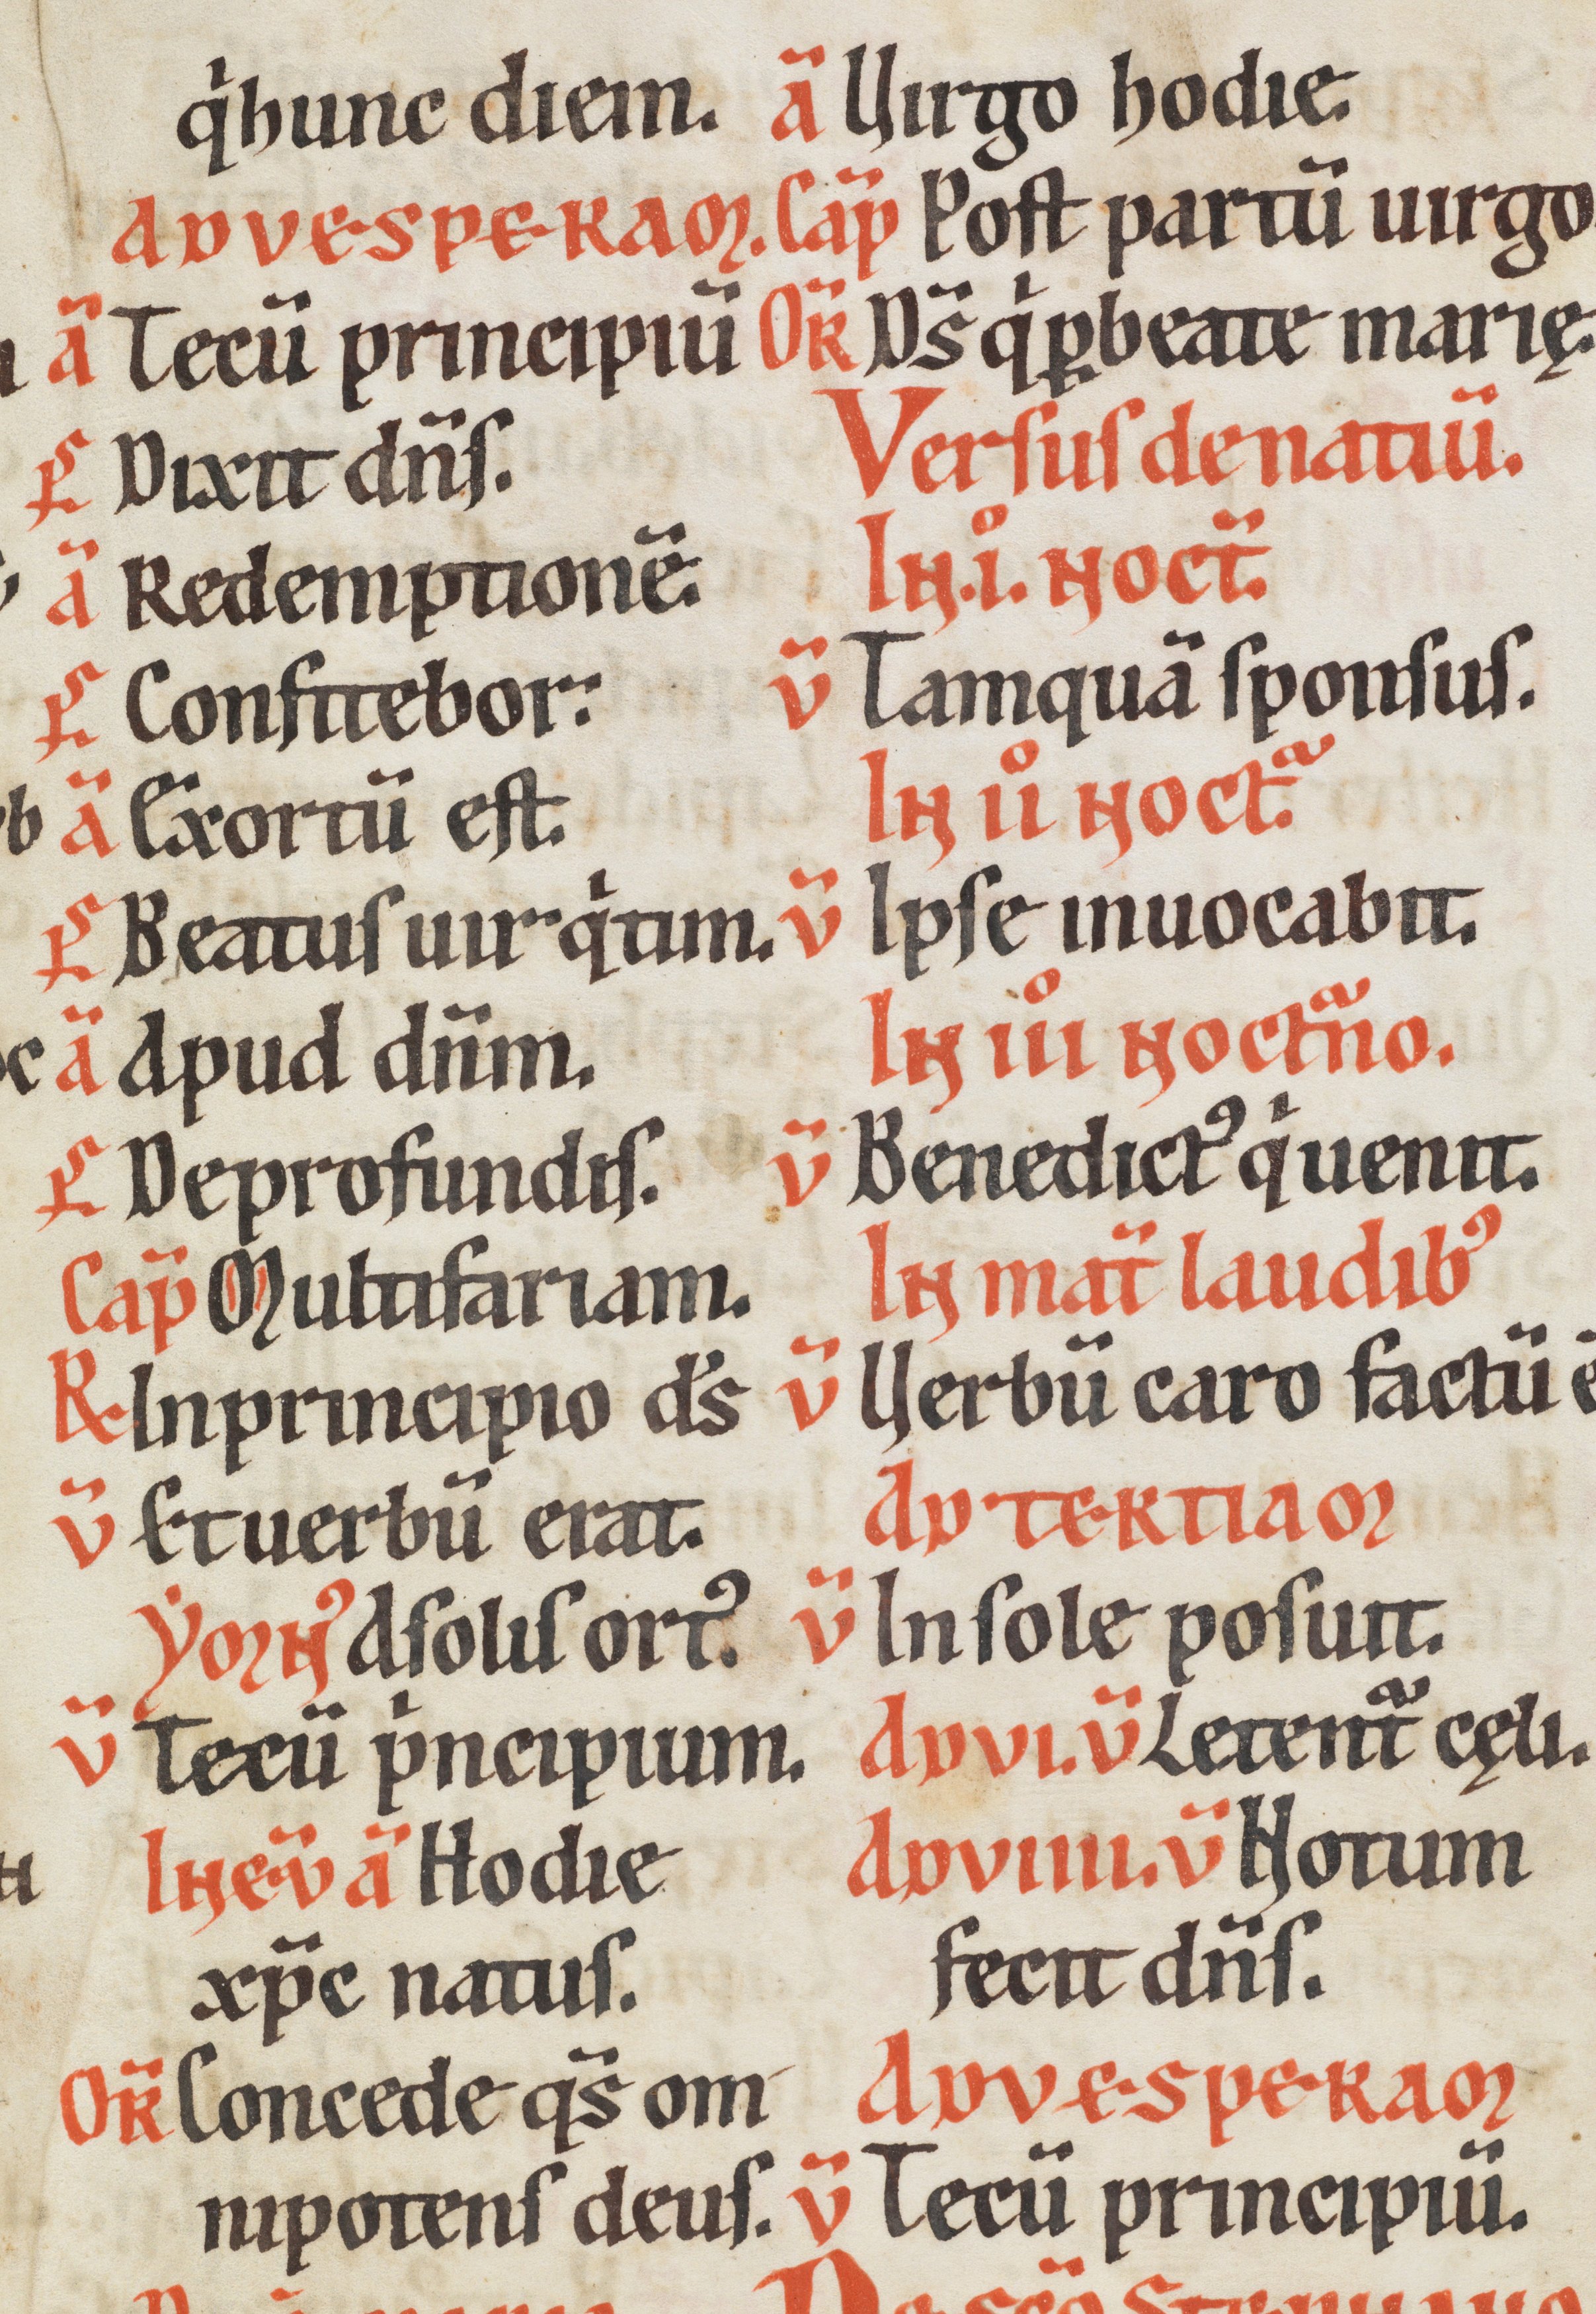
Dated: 1170–1230